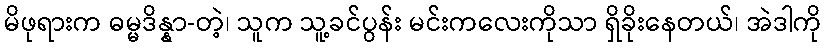
မိဖုရားက ဓမ္မဒိန္နာ-တဲ့၊ သူက သူ့ခင်ပွန်း မင်းကလေးကိုသာ ရှိခိုးနေတယ်၊ အဲဒါကို